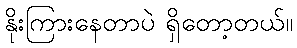
နိုးကြားနေတာပဲ ရှိတော့တယ်။